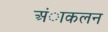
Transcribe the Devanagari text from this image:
अंाकलन